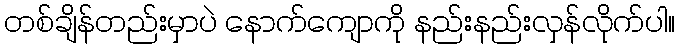
တစ်ချိန်တည်းမှာပဲ နောက်ကျောကို နည်းနည်းလှန်လိုက်ပါ။